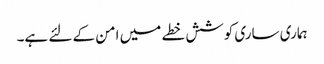
ہماری ساری کوشش خطے میں امن کے لئے ہے۔